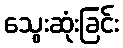
သွေးဆုံးခြင်း